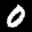
Label: 0